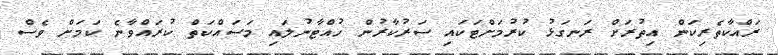
ރައްކާތެރިކަން އިތުރަށް ރަނގަޅު ކުރުމަށްޓަކައި ސަރުކާރުން ހުއްޓާނުލައި މަސައްކަތް ކުރައްވާނެ ކަމަށް ވެސް